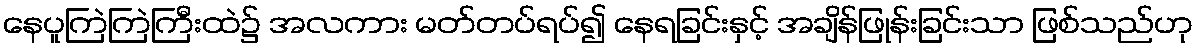
နေပူကြဲကြဲကြီးထဲ၌ အလကား မတ်တပ်ရပ်၍ နေရခြင်းနှင့် အချိန်ဖြုန်းခြင်းသာ ဖြစ်သည်ဟု